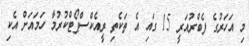
މި އަހަރުގެ ފެބްރުއަރީ 15 ގައި އެ ތަކެތި ރީއެކްސްޕޯޓްކުރުމާ ހަމައަށް އެކި